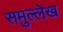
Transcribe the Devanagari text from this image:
समुल्लेख